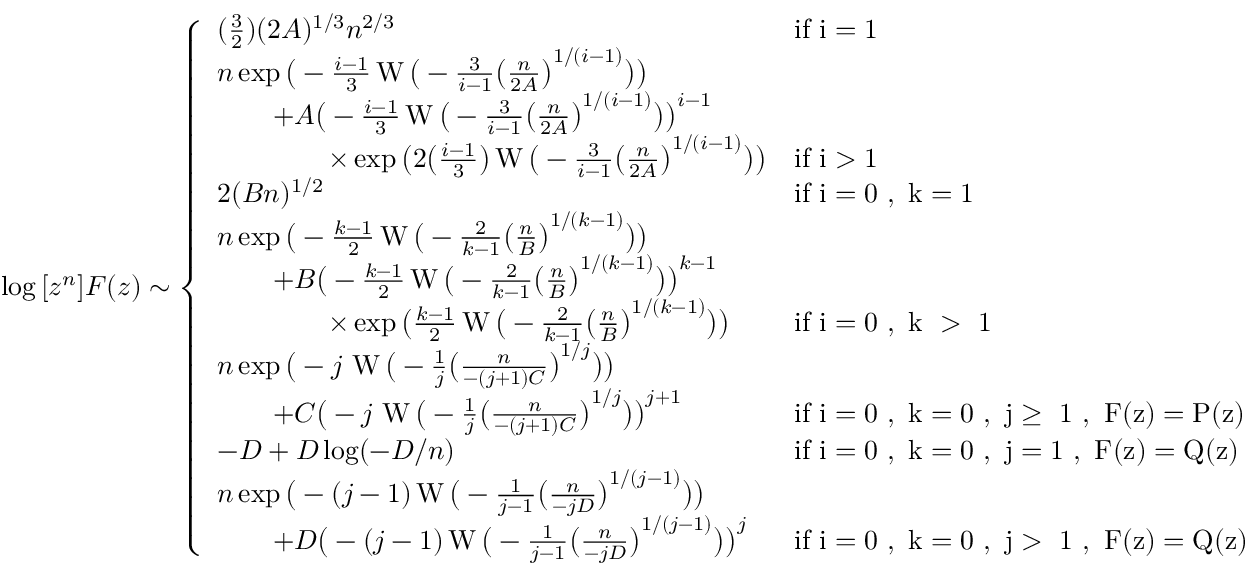
\log { [ z ^ { n } ] F ( z ) } \sim \left\{ \begin{array} { l l } { ( \frac { 3 } { 2 } ) ( 2 A ) ^ { 1 / 3 } n ^ { 2 / 3 } } & { \mathrm { i f ~ i = 1 ~ } } \\ { n \exp \big ( - \frac { i - 1 } { 3 } \operatorname { W } \big ( - \frac { 3 } { i - 1 } \big ( \frac { n } { 2 A } \big ) ^ { 1 / ( i - 1 ) } \big ) \big ) } \\ { \qquad + A \big ( - \frac { i - 1 } { 3 } \operatorname { W } \big ( - \frac { 3 } { i - 1 } \big ( \frac { n } { 2 A } \big ) ^ { 1 / ( i - 1 ) } \big ) \big ) ^ { i - 1 } } \\ { \qquad \qquad \times \exp \big ( 2 \big ( \frac { i - 1 } { 3 } \big ) \operatorname { W } \big ( - \frac { 3 } { i - 1 } \big ( \frac { n } { 2 A } \big ) ^ { 1 / ( i - 1 ) } \big ) \big ) } & { \mathrm { i f ~ i > 1 ~ } } \\ { 2 ( B n ) ^ { 1 / 2 } } & { \mathrm { i f ~ i = 0 ~ , ~ k = 1 ~ } } \\ { n \exp \big ( - \frac { k - 1 } { 2 } \operatorname { W } \big ( - \frac { 2 } { k - 1 } \big ( \frac { n } { B } \big ) ^ { 1 / ( k - 1 ) } \big ) \big ) } \\ { \qquad + B \big ( - \frac { k - 1 } { 2 } \operatorname { W } \big ( - \frac { 2 } { k - 1 } \big ( \frac { n } { B } \big ) ^ { 1 / ( k - 1 ) } \big ) \big ) ^ { k - 1 } } \\ { \qquad \qquad \times \exp \big ( \frac { k - 1 } { 2 } \operatorname { W } \big ( - \frac { 2 } { k - 1 } \big ( \frac { n } { B } \big ) ^ { 1 / ( k - 1 ) } \big ) \big ) } & { \mathrm { i f ~ i = 0 ~ , ~ k ~ > ~ 1 ~ } } \\ { n \exp \big ( - j \! \ \operatorname { W } \big ( - \frac { 1 } { j } \big ( \frac { n } { - ( j + 1 ) C } \big ) ^ { 1 / j } \big ) \big ) } \\ { \qquad + C \big ( - j \! \ \operatorname { W } \big ( - \frac { 1 } { j } \big ( \frac { n } { - ( j + 1 ) C } \big ) ^ { 1 / j } \big ) \big ) ^ { j + 1 } } & { \mathrm { i f ~ i = 0 ~ , ~ k = 0 ~ , ~ j \geq ~ 1 ~ , ~ F ( z ) = P ( z ) ~ } } \\ { - D + D \log ( { - D / n } ) } & { \mathrm { i f ~ i = 0 ~ , ~ k = 0 ~ , ~ j = 1 ~ , ~ F ( z ) = Q ( z ) ~ } } \\ { n \exp \big ( - ( j - 1 ) \operatorname { W } \big ( - \frac { 1 } { j - 1 } \big ( \frac { n } { - j D } \big ) ^ { 1 / ( j - 1 ) } \big ) \big ) } \\ { \qquad + D \big ( - ( j - 1 ) \operatorname { W } \big ( - \frac { 1 } { j - 1 } \big ( \frac { n } { - j D } \big ) ^ { 1 / ( j - 1 ) } \big ) \big ) ^ { j } } & { \mathrm { i f ~ i = 0 ~ , ~ k = 0 ~ , ~ j > ~ 1 ~ , ~ F ( z ) = Q ( z ) ~ } } \end{array} \right.